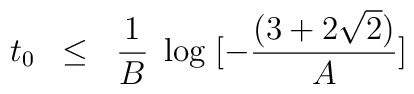
t_0\;\;\leq\;\;\frac{1}{B}\;\log\;[- \frac{(3+2\sqrt{2})}{A}]